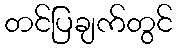
တင်ပြချက်တွင်